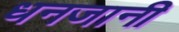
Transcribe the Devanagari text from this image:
धनजानी